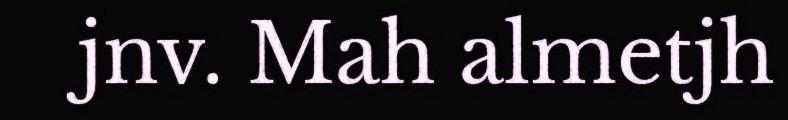
jnv. Mah almetjh